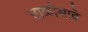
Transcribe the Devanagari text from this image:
चाळीसावे